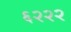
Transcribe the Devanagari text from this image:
६२२२